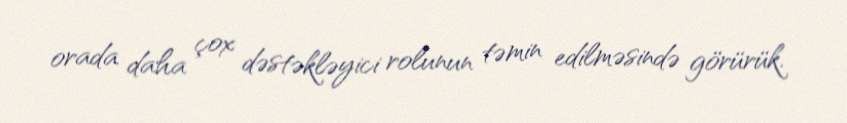
orada daha çox dəstəkləyici rolunun təmin edilməsində görürük.